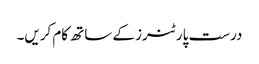
درست پارٹنرز کے ساتھ کام کریں۔